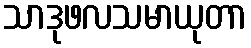
သာဒုဖလသမာယုတာ